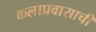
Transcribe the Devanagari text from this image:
कलाप्रवासाची